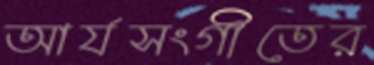
আর্যসংগীতের